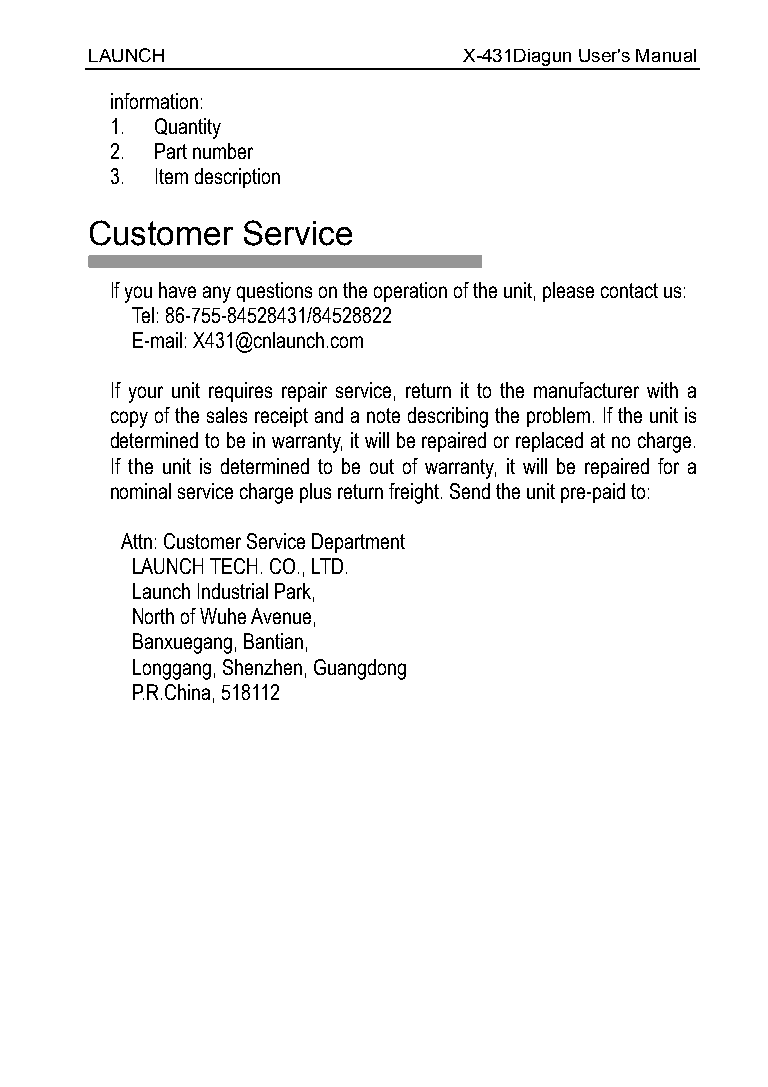
LAUNCH                   X-431Diagun User's Manual
 information:
 1. Quantity
 2. Part number
 3. Item description
 Customer   Service
 If you have any questions on the operation of the unit, please contact us:
 Tel: 86-755-84528431/84528822
 E-mail: X431@cnlaunch.com
 If your unit requires repair service, return it to the manufacturer with a
 copy of the sales receipt and a note describing the problem. If the unit is
 determined to be in warranty, it will be repaired or replaced at no charge.
 If the unit is determined to be out of warranty, it will be repaired for a
 nominal service charge plus return freight. Send the unit pre-paid to:
 Attn: Customer Service Department
 LAUNCH TECH. CO., LTD.
 Launch Industrial Park,
 North of Wuhe Avenue,
 Banxuegang, Bantian,
 Longgang, Shenzhen, Guangdong
 P.R.China, 518112